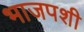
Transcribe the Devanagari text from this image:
भाजपशी